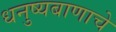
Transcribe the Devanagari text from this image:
धनुष्यबाणाचे